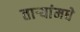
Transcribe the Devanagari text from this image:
ताऱ्यांमधे